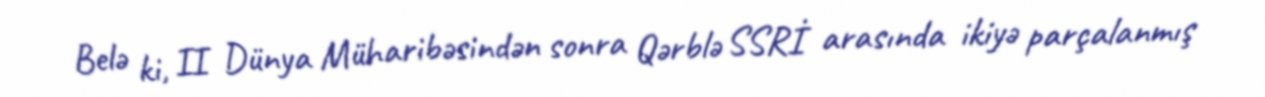
Belə ki, II Dünya Müharibəsindən sonra Qərblə SSRİ arasında ikiyə parçalanmış